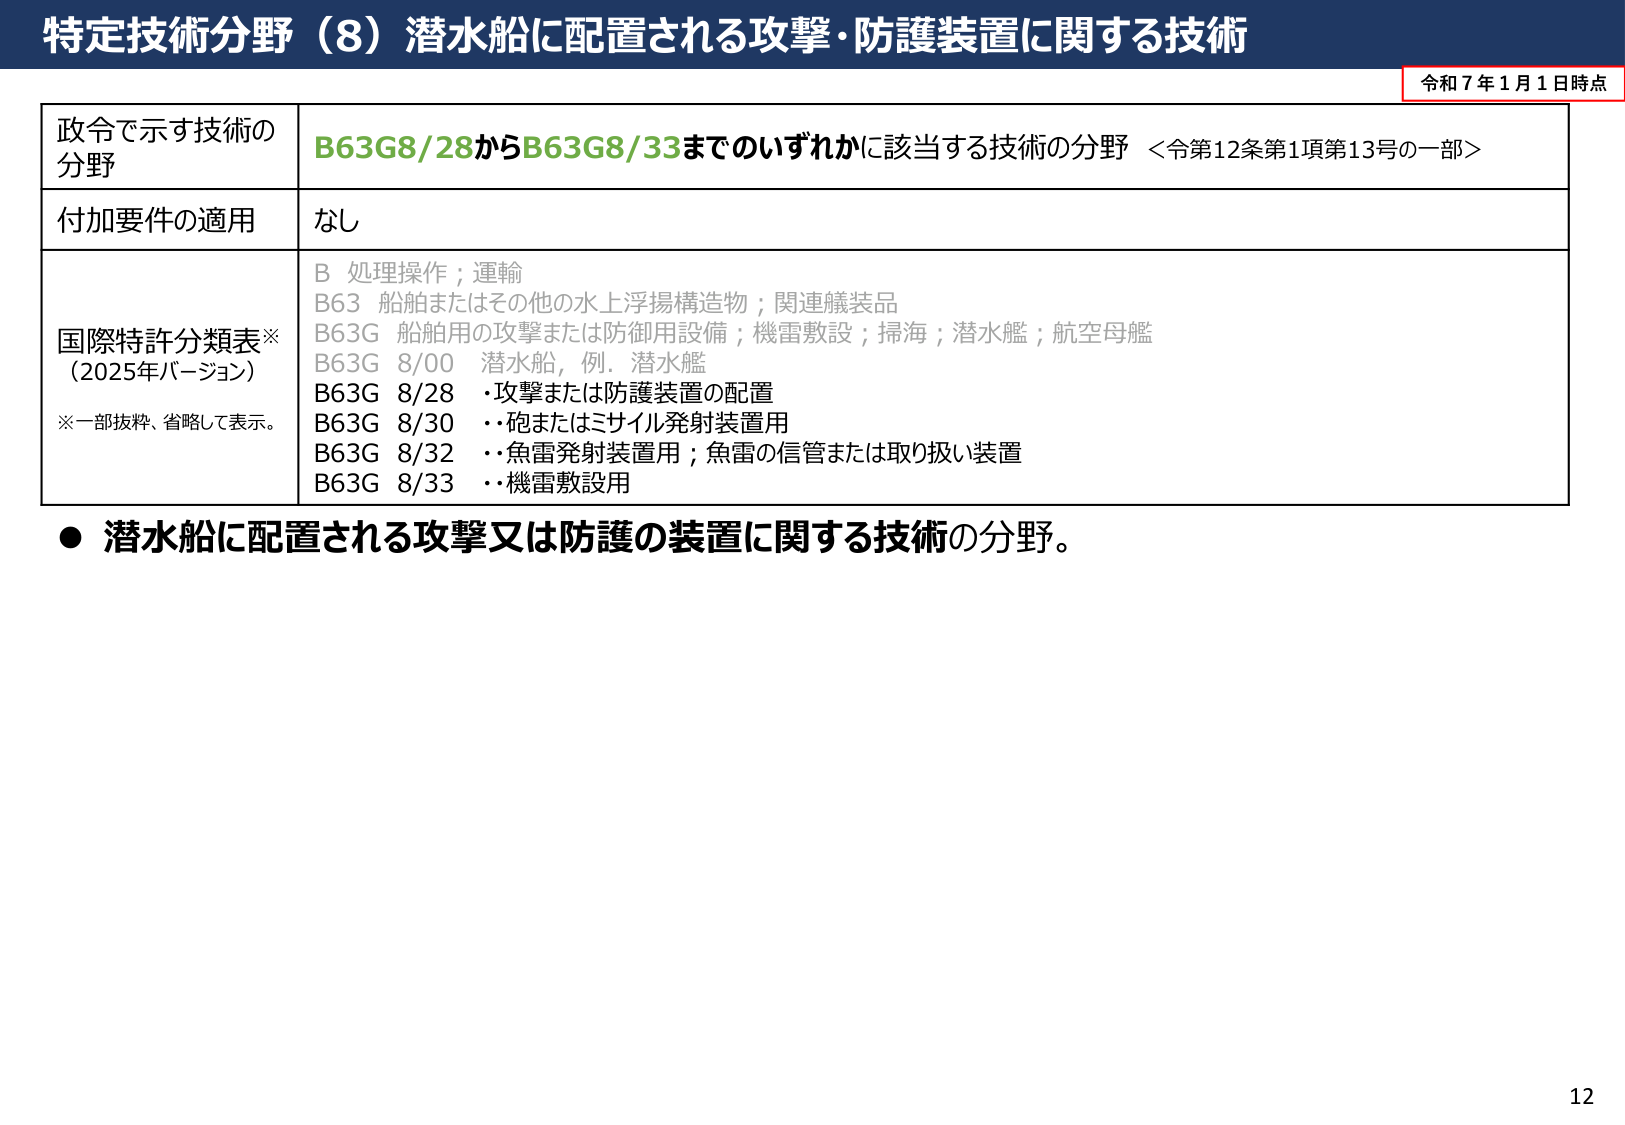
特定技術分野（8）潜水船に配置される攻撃・防護装置に関する技術

令和7年1月1日時点

政令で示す技術の分野
B63G8/28からB63G8/33までのいずれかに該当する技術の分野 <令第12条第1項第13号の一部>

付加要件の適用
なし

国際特許分類表※
（2025年バージョン）
※一部抜粋、省略して表示。
B 処理操作；運輸
B63 船舶またはその他の水上浮揚構造物；関連艤装品
B63G 船舶用の攻撃または防御用設備；機雷敷設；掃海；潜水艦；航空母艦
B63G 8/00 潜水船，例．潜水艦
B63G 8/28 ・攻撃または防護装置の配置
B63G 8/30 ・・砲またはミサイル発射装置用
B63G 8/32 ・・魚雷発射装置用；魚雷の信管または取り扱い装置
B63G 8/33 ・・機雷敷設用

● 潜水船に配置される攻撃又は防護の装置に関する技術の分野。

12